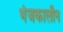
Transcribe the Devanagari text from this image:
भंजकालीन